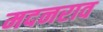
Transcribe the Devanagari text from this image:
मदनराव